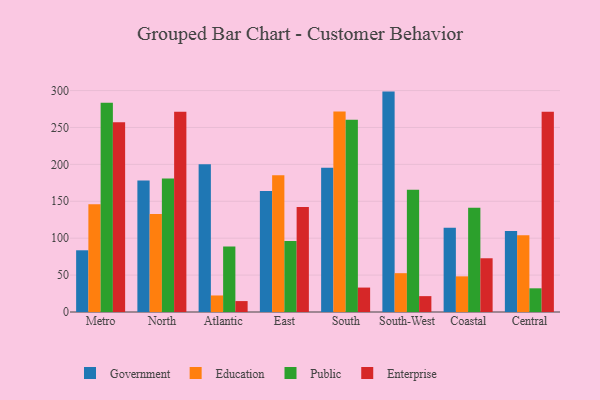
{"axis": {"x": "Region", "y": "Tickets Resolved"}, "legend": ["Education", "Enterprise", "Government", "Public"], "data": [{"x": "Metro", "y": 83.6, "type": "Government"}, {"x": "Metro", "y": 145.9, "type": "Education"}, {"x": "Metro", "y": 283.4, "type": "Public"}, {"x": "Metro", "y": 257.1, "type": "Enterprise"}, {"x": "North", "y": 178.3, "type": "Government"}, {"x": "North", "y": 132.7, "type": "Education"}, {"x": "North", "y": 180.7, "type": "Public"}, {"x": "North", "y": 271.2, "type": "Enterprise"}, {"x": "Atlantic", "y": 200.1, "type": "Government"}, {"x": "Atlantic", "y": 22.4, "type": "Education"}, {"x": "Atlantic", "y": 88.7, "type": "Public"}, {"x": "Atlantic", "y": 14.8, "type": "Enterprise"}, {"x": "East", "y": 163.9, "type": "Government"}, {"x": "East", "y": 185.4, "type": "Education"}, {"x": "East", "y": 96.2, "type": "Public"}, {"x": "East", "y": 142.2, "type": "Enterprise"}, {"x": "South", "y": 195.3, "type": "Government"}, {"x": "South", "y": 271.5, "type": "Education"}, {"x": "South", "y": 260.4, "type": "Public"}, {"x": "South", "y": 33.1, "type": "Enterprise"}, {"x": "South-West", "y": 298.6, "type": "Government"}, {"x": "South-West", "y": 52.6, "type": "Education"}, {"x": "South-West", "y": 165.6, "type": "Public"}, {"x": "South-West", "y": 21.5, "type": "Enterprise"}, {"x": "Coastal", "y": 114.2, "type": "Government"}, {"x": "Coastal", "y": 48.3, "type": "Education"}, {"x": "Coastal", "y": 141.2, "type": "Public"}, {"x": "Coastal", "y": 72.8, "type": "Enterprise"}, {"x": "Central", "y": 109.7, "type": "Government"}, {"x": "Central", "y": 103.9, "type": "Education"}, {"x": "Central", "y": 32.1, "type": "Public"}, {"x": "Central", "y": 271.2, "type": "Enterprise"}]}